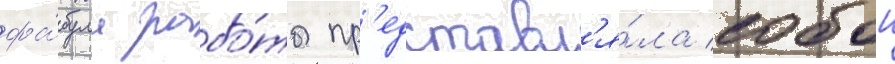
фа́була рабо́ты пр'едставл'я́ла собои